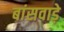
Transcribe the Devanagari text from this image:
बांसवाड़े